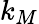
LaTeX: k_{M}